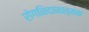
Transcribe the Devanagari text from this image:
रोगनिदानात्मक